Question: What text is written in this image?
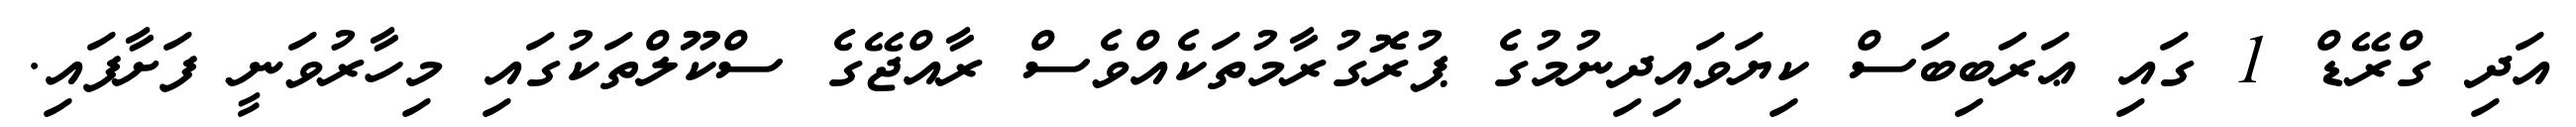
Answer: އަދި ގްރޭޑް 1 ގައި ޢަރަބިބަސް ކިޔަވައިދިނުމުގެ ޕުރޮގުރާމުތަކެއްވެސް ރާއްޖޭގެ ސްކޫލްތަކުގައި މިހާރުވަނީ ފަށާފައި.